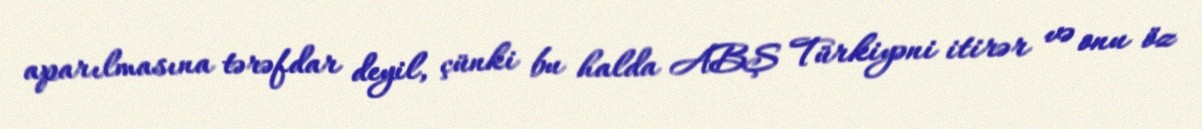
aparılmasına tərəfdar deyil, çünki bu halda ABŞ Türkiyəni itirər və onu öz